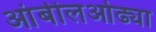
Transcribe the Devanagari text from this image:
आंबीलओढ्या